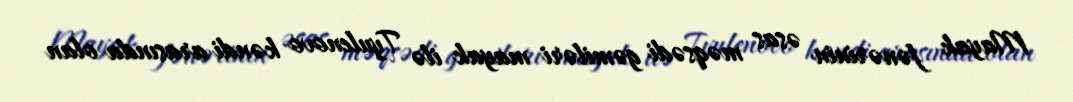
Mayak fənərinin əsas məqsədi gəmiləri mayak ilə Tyulenovo kəndi arasında olan